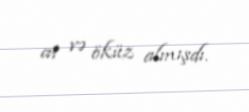
at və öküz almışdı.